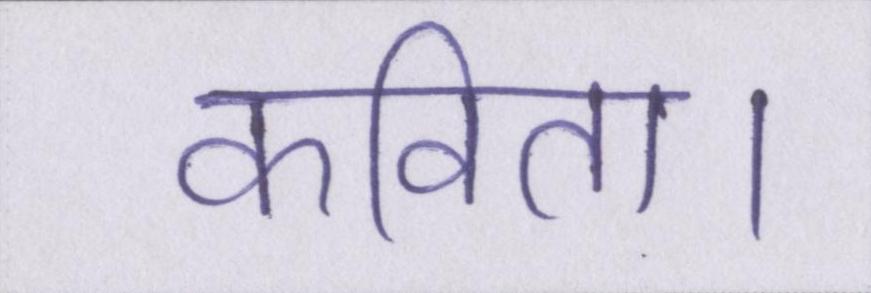
कविता।